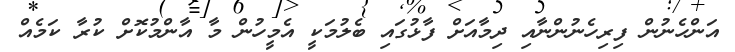
އަންހެނުން ފިރިހެނުންނާއި ދިމާއަށް ފާޅުގައި ބެލުމަކީ އެމީހުން މާ އާންމުކޮށް ކުރާ ކަމެއް